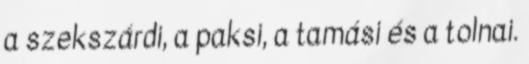
a szekszárdi, a paksi, a tamási és a tolnai.